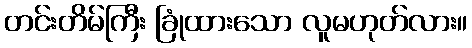
တင်းတိမ်ကြီး ခြုံထားသော လူမဟုတ်လား။